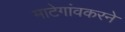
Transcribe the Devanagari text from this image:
माटेगांवकरने